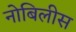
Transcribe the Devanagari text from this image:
नोबिलीस